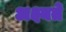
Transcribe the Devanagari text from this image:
अक्ष्यते